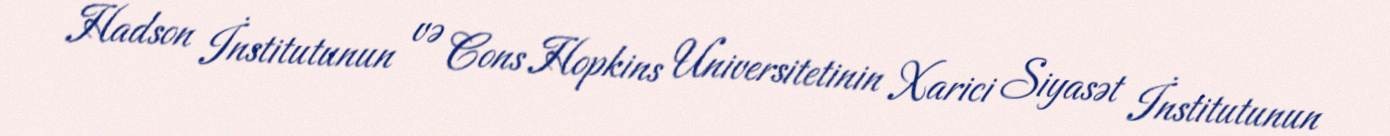
Hadson İnstitutunun və Cons Hopkins Universitetinin Xarici Siyasət İnstitutunun